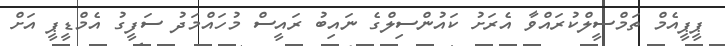
ޕީޕީއެމް ތަމްސީލްކުރައްވާ އެރަށު ކައުންސިލްގެ ނައިބު ރައީސް މުހައްމަދު ސަފީގު އެމްޑީޕީ އަށް